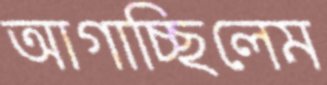
আগাচ্ছিলেম